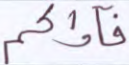
فآواكم